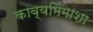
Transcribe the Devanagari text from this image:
काव्यमिंमाशा